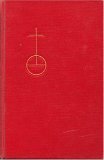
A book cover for Service Book and Hymnal of the Lutheran Church in America: Music Edition; Christian Books & Bibles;